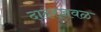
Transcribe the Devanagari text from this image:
दादरजवळ